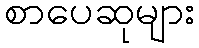
စာပေဆုများ